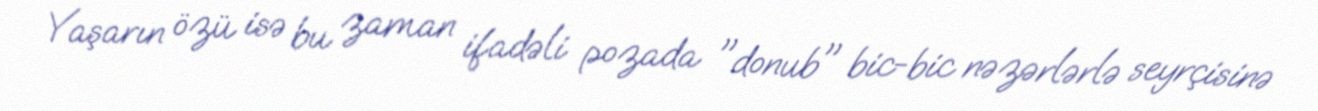
Yaşarın özü isə bu zaman ifadəli pozada "donub" bic-bic nəzərlərlə seyrçisinə